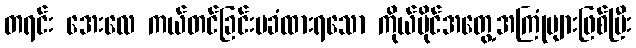
တရင်း အေးလေ ကယ်တင်ခြင်းမခံထားရသော ကိုယ်ပိုင်အတွေ့အကြုံများဖြစ်ပြီး